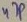
Text: 47P